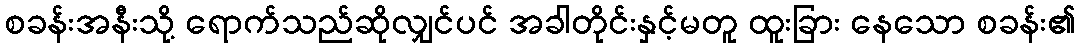
စခန်းအနီးသို့ ရောက်သည်ဆိုလျှင်ပင် အခါတိုင်းနှင့်မတူ ထူးခြား နေသော စခန်း၏